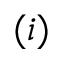
( i )